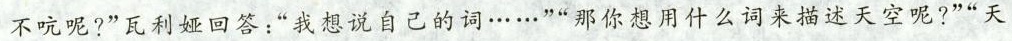
不吭呢?”瓦利娅回答：“我想说自己的词……””那你想用什么词来描述天空呢?”“天